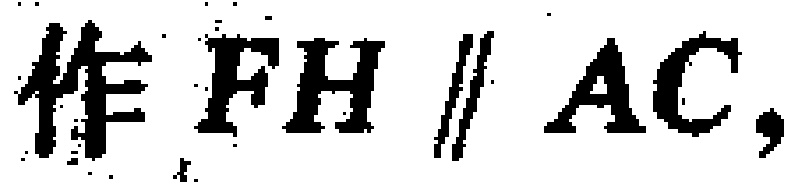
作 \(FH \parallel AC\)，